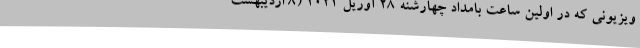
ویزیونی که در اولین ساعت بامداد چهارشنه 28 آوریل 2021 (8 اردیبهشت